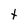
Character: t